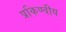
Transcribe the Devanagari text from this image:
प्रकिण्वीय